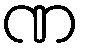
ဏ